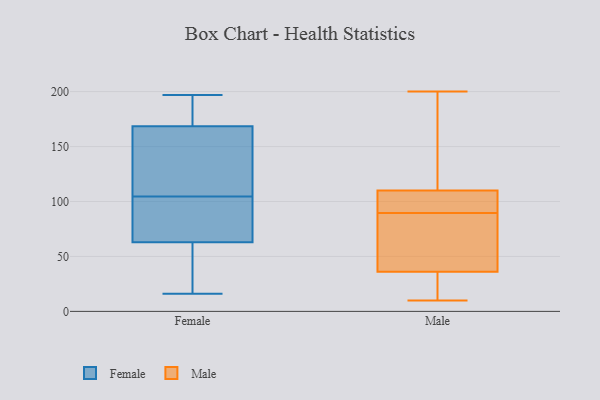
{"axis": {"x": "Backlog", "y": "Value"}, "legend": ["Female", "Male"], "data": [{"x": "", "y": 160, "type": "Female"}, {"x": "", "y": 76, "type": "Female"}, {"x": "", "y": 130, "type": "Female"}, {"x": "", "y": 185, "type": "Female"}, {"x": "", "y": 23, "type": "Female"}, {"x": "", "y": 100, "type": "Female"}, {"x": "", "y": 77, "type": "Female"}, {"x": "", "y": 179, "type": "Female"}, {"x": "", "y": 43, "type": "Female"}, {"x": "", "y": 179, "type": "Female"}, {"x": "", "y": 16, "type": "Female"}, {"x": "", "y": 50, "type": "Female"}, {"x": "", "y": 173, "type": "Female"}, {"x": "", "y": 164, "type": "Female"}, {"x": "", "y": 48, "type": "Female"}, {"x": "", "y": 109, "type": "Female"}, {"x": "", "y": 76, "type": "Female"}, {"x": "", "y": 197, "type": "Female"}, {"x": "", "y": 136, "type": "Female"}, {"x": "", "y": 80, "type": "Female"}, {"x": "", "y": 95, "type": "Male"}, {"x": "", "y": 110, "type": "Male"}, {"x": "", "y": 69, "type": "Male"}, {"x": "", "y": 200, "type": "Male"}, {"x": "", "y": 92, "type": "Male"}, {"x": "", "y": 87, "type": "Male"}, {"x": "", "y": 10, "type": "Male"}, {"x": "", "y": 36, "type": "Male"}, {"x": "", "y": 23, "type": "Male"}, {"x": "", "y": 189, "type": "Male"}, {"x": "", "y": 108, "type": "Male"}, {"x": "", "y": 83, "type": "Male"}, {"x": "", "y": 119, "type": "Male"}, {"x": "", "y": 15, "type": "Male"}]}